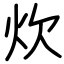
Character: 炊